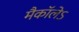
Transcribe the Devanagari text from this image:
मैकाॅलेऽ